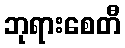
ဘုရားစေတီ